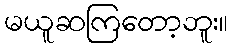
မယူဆကြတော့ဘူး။